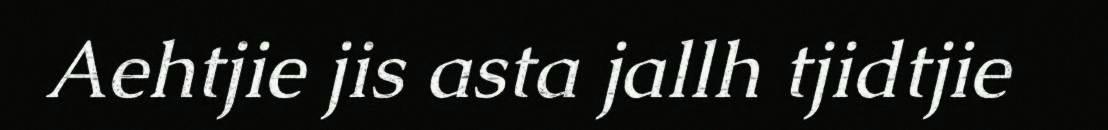
Aehtjie jis asta jallh tjidtjie